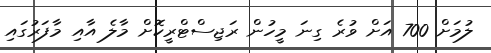
ލުމަށް 700 އަށް ވުރެ ގިނަ މީހުން ރަޖިސްޓްރީކޮށް މާލެ އާއި މާފަރުގައި